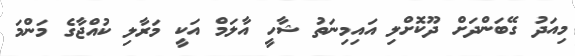
މިއަދު ގޭބަންދަށް ދޫކޮށްލި އައިމިނަތު ޝާހީ އާލަމް އަކީ މަރާލި ކުއްޖާގެ މަންމަ